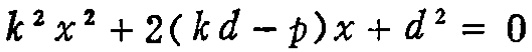
\(k^{2}x^{2}+2(kd - p)x + d^{2}=0\)